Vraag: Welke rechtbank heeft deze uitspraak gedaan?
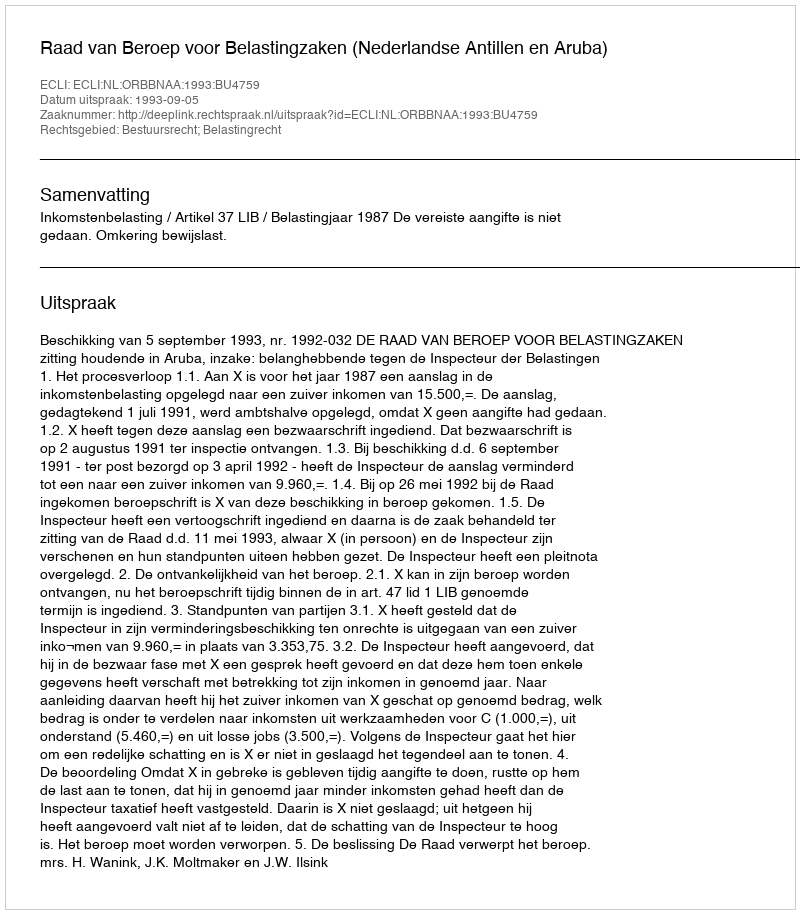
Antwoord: Raad van Beroep voor Belastingzaken (Nederlandse Antillen en Aruba)